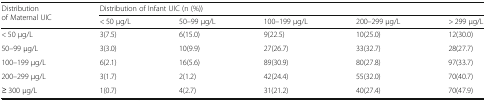
| <ROWSPAN=2> Distribution of Maternal UIC | <COLSPAN=5> Distribution of Infant UIC (n (%)) |
 | < 50 μg/L | 50–99 μg/L | 100–199 μg/L | 200–299 μg/L | > 299 μg/L |
 | --- | --- | --- | --- | --- | --- |
 | < 50 μg/L | 3(7.5) | 6(15.0) | 9(22.5) | 10(25.0) | 12(30.0) |
 | 50–99 μg/L | 3(3.0) | 10(9.9) | 27(26.7) | 33(32.7) | 28(27.7) |
 | 100–199 μg/L | 6(2.1) | 16(5.6) | 89(30.9) | 80(27.8) | 97(33.7) |
 | 200–299 μg/L | 3(1.7) | 2(1.2) | 42(24.4) | 55(32.0) | 70(40.7) |
 | ≥ 300 μg/L | 1(0.7) | 4(2.7) | 31(21.2) | 40(27.4) | 70(47.9) |